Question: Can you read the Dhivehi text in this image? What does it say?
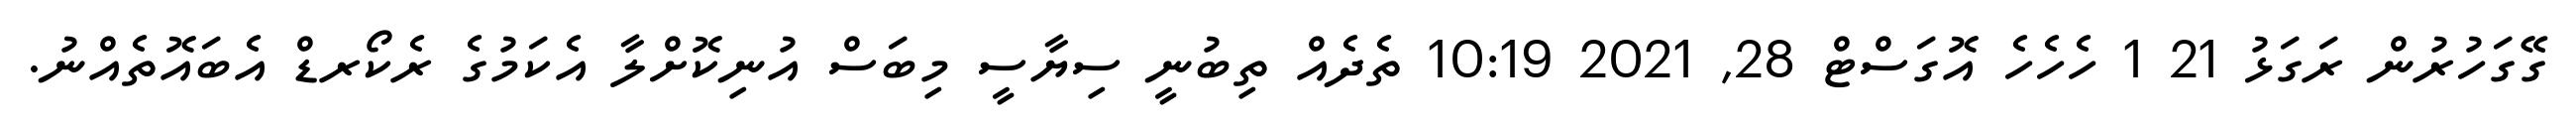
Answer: ގޭގަހުރުން ރަގަޅު 21 1 ހެހެހެ އޮގަސްޓް 28, 2021 10:19 ތެދެއް ތިބުނީ ސިޔާސީ މިބަސް އުނިކޮށްލާ އެކަމުގެ ރެކޯރޑް އެބައޮތެއްނު.